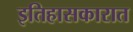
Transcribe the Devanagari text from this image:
इतिहासकारात